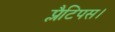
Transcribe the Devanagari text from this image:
प्लैटिपस।